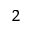
_ 2